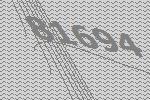
81694